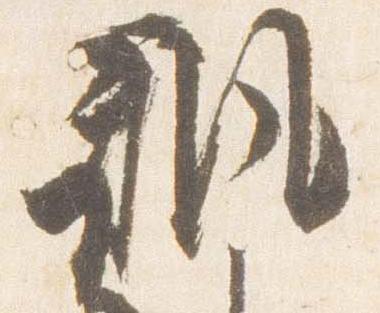
諷